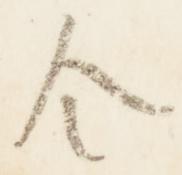
令